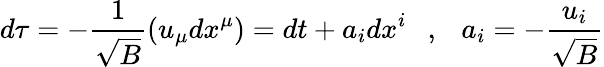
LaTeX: d\tau=-{\frac{1}{\sqrt{B}}}(u_{\mu}dx^{\mu})=dt+a_{i}dx^{i}~~~,~~~a_{i}=-{\frac{u_{i}}{\sqrt{B}}}